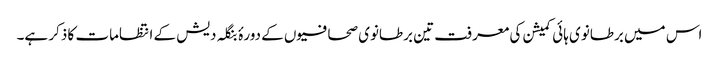
اس میں برطانوی ہائی کمیشن کی معرفت تین برطانوی صحافیوں کے دورۂ بنگلہ دیش کے انتظامات کا ذکر ہے۔